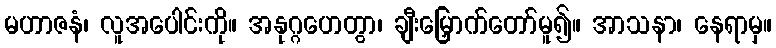
မဟာဇနံ၊ လူအပေါင်းကို။ အနုဂ္ဂဟေတွာ၊ ချီးမြှောက်တော်မူ၍။ အာသနာ၊ နေရာမှ။